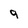
Character: 9